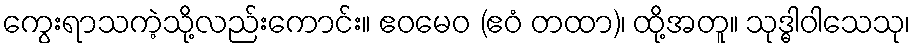
ကွေးရာသကဲ့သို့လည်းကောင်း။ ဧဝမေဝ (ဧဝံ တထာ)၊ ထို့အတူ။ သုဒ္ဓါဝါသေသု၊